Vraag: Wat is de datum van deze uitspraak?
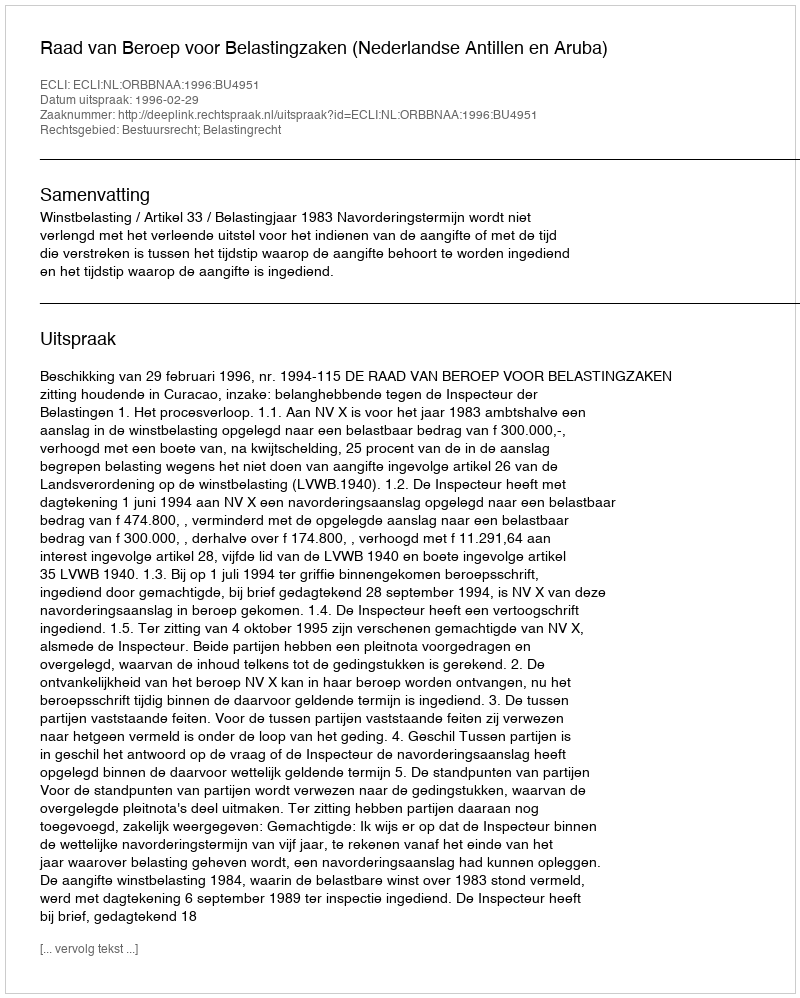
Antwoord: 1996-02-29